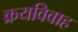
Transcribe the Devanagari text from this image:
क्रयविवाह